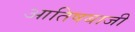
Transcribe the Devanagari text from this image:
आतिषबाजी